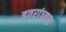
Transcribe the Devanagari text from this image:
इतरांच्यात